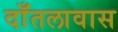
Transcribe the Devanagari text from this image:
दाँतलावास